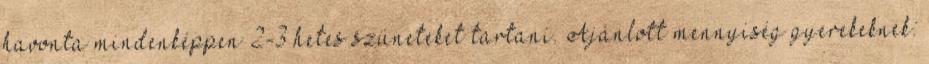
havonta mindenképpen 2-3 hetes szüneteket tartani. Ajánlott mennyiség gyerekeknek: